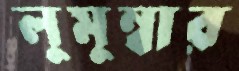
লুমুম্বার